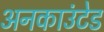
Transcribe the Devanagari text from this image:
अनकाउंटेड